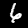
Digit: 6